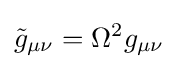
{\tilde {g}}_{\mu \nu }=\Omega ^{2}g_{\mu \nu }